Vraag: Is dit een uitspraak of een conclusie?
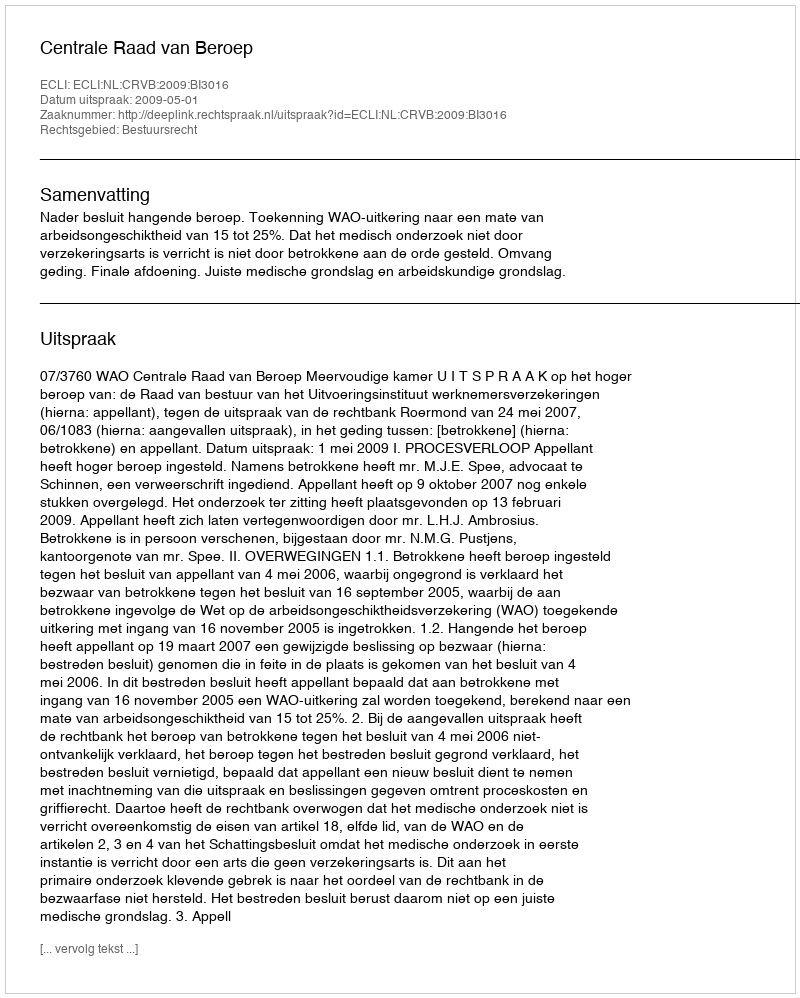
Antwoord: Uitspraak